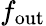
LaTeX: f_{\mathrm{out}}